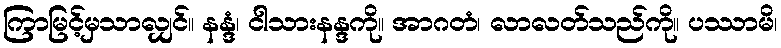
ကြာမြင့်မှသာလျှင်။ နန္ဒံ၊ ငါသားနန္ဒကို။ အာဂတံ၊ လာလတ်သည်ကို။ ပဿာမိ၊